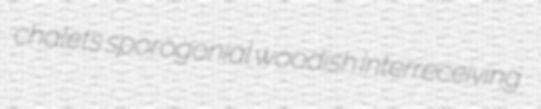
chalets sporogonial woodish interreceiving